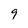
Character: 9